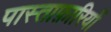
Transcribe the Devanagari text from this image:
पास्ताफ़ारियों